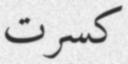
كسرت